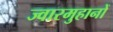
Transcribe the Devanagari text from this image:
ज्वारमुहानों